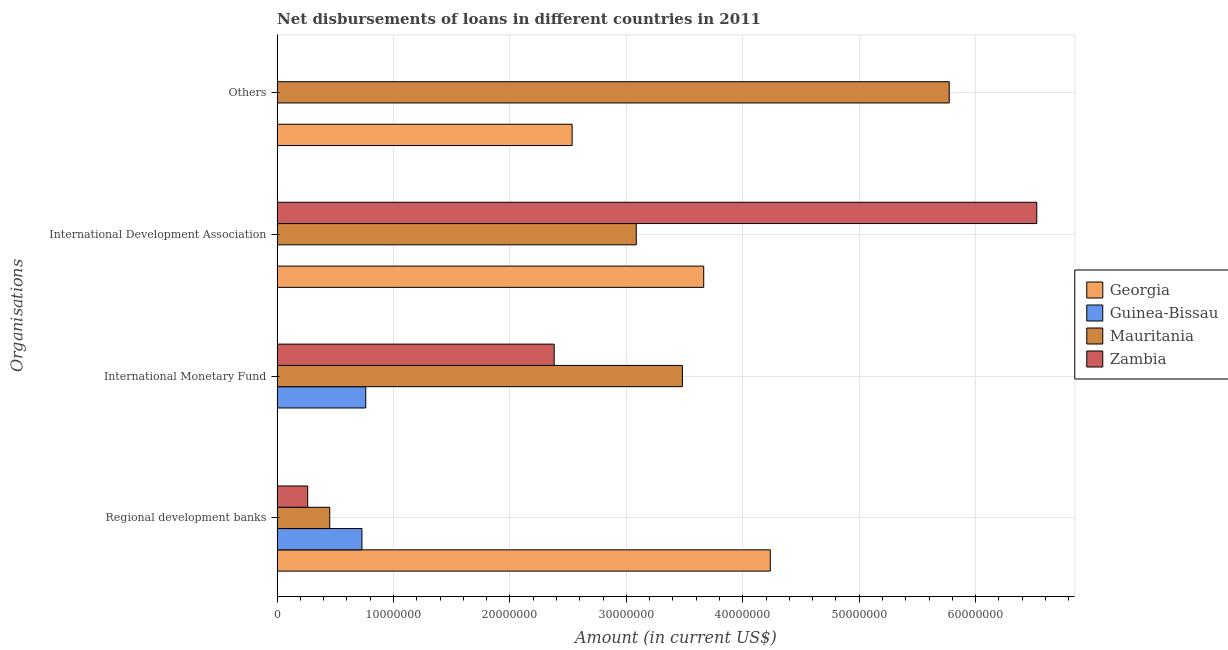
| Organisations | Georgia | Guinea-Bissau | Mauritania | Zambia |
 | --- | --- | --- | --- | --- |
 | Regional development banks | 4.24e+07 | 7.28e+06 | 4.52e+06 | 2.63e+06 |
 | International Monetary Fund | -2.82e+07 | 7.61e+06 | 3.48e+07 | 2.38e+07 |
 | International Development Association | 3.66e+07 | -2.6e+04 | 3.08e+07 | 6.53e+07 |
 | Others | 2.53e+07 | -2.7e+06 | 5.77e+07 | -1.73e+07 |